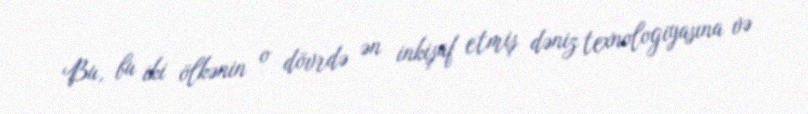
Bu, bu iki ölkənin o dövrdə ən inkişaf etmiş dəniz texnologiyasına və